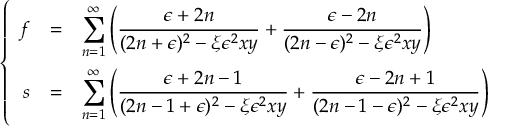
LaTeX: \left\{ \begin{array} { r c l } { { f } } & { { = } } & { { \displaystyle \sum _ { n = 1 } ^ { \infty } \left( \frac { \epsilon + 2 n } { ( 2 n + \epsilon ) ^ { 2 } - \xi \epsilon ^ { 2 } x y } + \frac { \epsilon - 2 n } { ( 2 n - \epsilon ) ^ { 2 } - \xi \epsilon ^ { 2 } x y } \right) } } \\ { { s } } & { { = } } & { { \displaystyle \sum _ { n = 1 } ^ { \infty } \left( \frac { \epsilon + 2 n - 1 } { ( 2 n - 1 + \epsilon ) ^ { 2 } - \xi \epsilon ^ { 2 } x y } + \frac { \epsilon - 2 n + 1 } { ( 2 n - 1 - \epsilon ) ^ { 2 } - \xi \epsilon ^ { 2 } x y } \right) } } \end{array} \right.